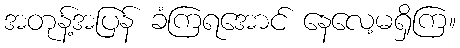
အတုန့်အပြန် ခံကြရအောင် နေလေ့မရှိကြ။